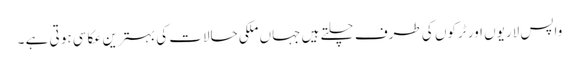
واپس لاریوں اور ٹرکوں کی طرف چلتے ہیں جہاں ملکی حالات کی بہترین عکاسی ہو تی ہے ۔